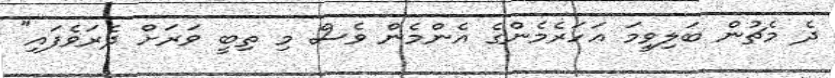
ދެ މެޗުން ބަލިވީމަ އަހަރެމެންގެ އެންމެން ވެސް މި ތިބީ ވަރަށް ދެރަވެފައި"